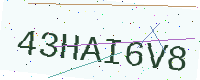
Text: 43HAI6V8